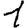
Digit: 1